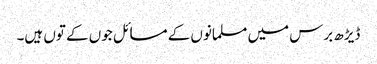
ڈیڑھ برس میں مسلمانوں کے مسائل جوں کے توں ہیں۔